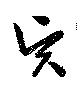
賢